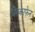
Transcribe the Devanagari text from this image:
विस्काफेन